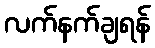
လက်နက်ချရန်